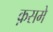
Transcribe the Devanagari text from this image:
क़समे